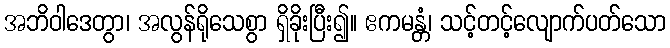
အဘိဝါဒေတွာ၊ အလွန်ရိုသေစွာ ရှိခိုးပြီး၍။ ဧကမန္တံ၊ သင့်တင့်လျောက်ပတ်သော